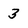
Character: 3